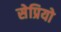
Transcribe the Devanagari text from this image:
सेप्रियो